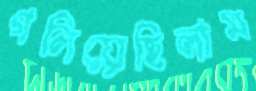
গলিয়েছিলাম